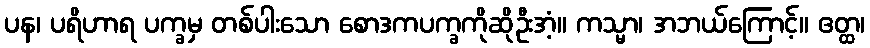
ပန၊ ပရိဟာရ ပက္ခမှ တစ်ပါးသော စောဒကပက္ခကိုဆိုဦးအံ့။ ကသ္မာ၊ အဘယ်ကြောင့်။ ဧတ္ထ၊